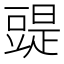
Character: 䜻